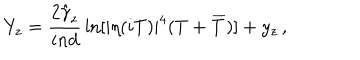
Y _ { z } = \frac { 2 \hat { \gamma } _ { z } } { i n d } \, \ln [ | \eta ( i T ) | ^ { 4 } ( T + \overline { { { T } } } ) ] + y _ { z } \, ,